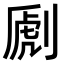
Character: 𠞄